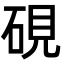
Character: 硯